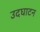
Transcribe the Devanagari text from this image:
उदघाटन